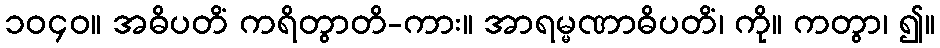
၁၀၄၀။ အဓိပတိံ ကရိတွာတိ-ကား။ အာရမ္မဏာဓိပတိံ၊ ကို။ ကတွာ၊ ၍။